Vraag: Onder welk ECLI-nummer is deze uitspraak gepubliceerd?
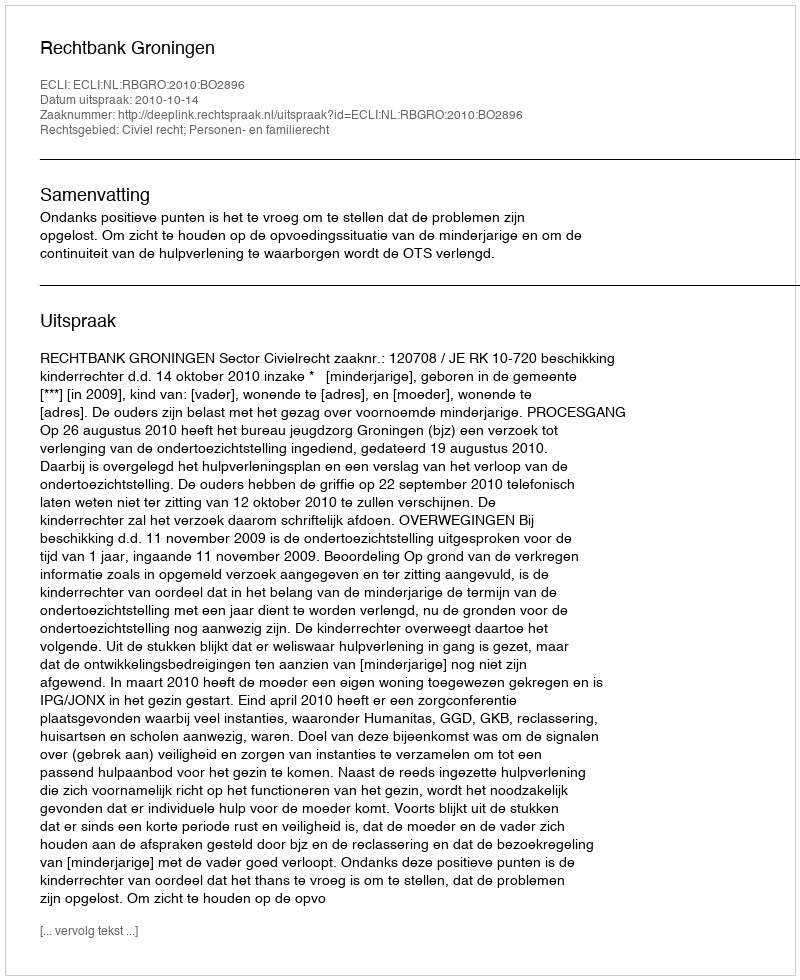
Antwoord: ECLI:NL:RBGRO:2010:BO2896